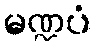
မဏ္ဍပံ